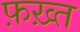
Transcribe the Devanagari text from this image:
फ़ख़्त